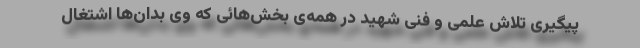
پیگیری تلاش علمی و فنی شهید در همه‌ی بخش‌هائی که وی بدان‌ها اشتغال